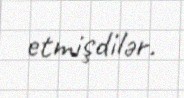
etmişdilər.